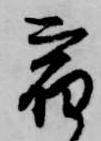
宿